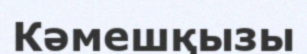
Кәмешқызы